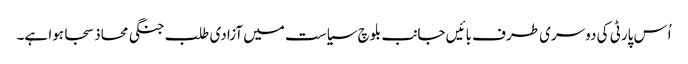
اُس پارٹی کی دوسری طرف بائیں جانب بلوچ سیاست میں آزادی طلب جنگی محاذ سجا ہوا ہے۔